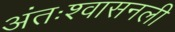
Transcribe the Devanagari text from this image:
अंतःश्वासनली